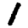
Digit: 1